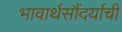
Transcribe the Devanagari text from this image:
भावार्थसौंदर्याची